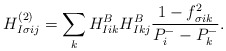
\begin{align*}H_{I\sigma ij}^{(2)} = \sum_k H_{Iik}^BH_{Ikj}^B\frac{1 - f_{\sigma i k}^2}{P^-_i - P^-_k} .\end{align*}